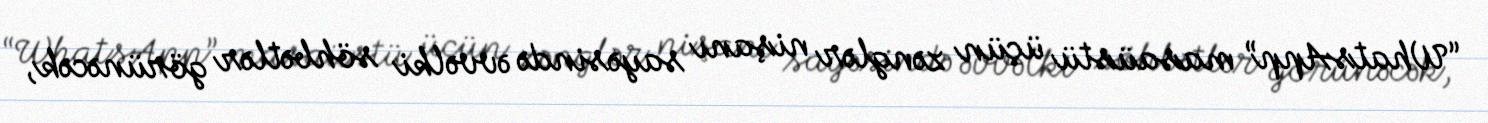
“WhatsApp” masaüstü üçün zənglər nişanı sayəsində əvvəlki söhbətlər görünəcək,